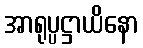
အာရုပ္ပဋ္ဌာယိနော